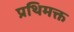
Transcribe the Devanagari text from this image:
प्रथिमक्त